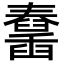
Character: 𦦱